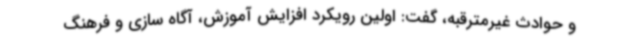
و حوادث غیرمترقبه، گفت: اولین رویکرد افزایش آموزش، آگاه سازی و فرهنگ